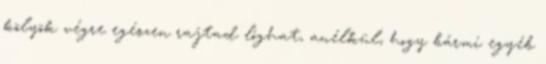
kölyök végre egészen rajtad lóghat, anélkül, hogy bármi egyéb